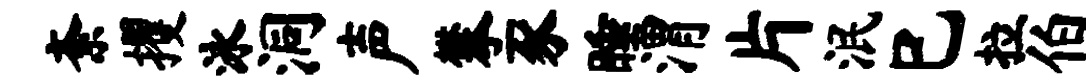
紊攫泳洞声攀豕睡渭片泯巳拉伯